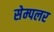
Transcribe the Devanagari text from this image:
सेम्पलर